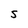
Character: S